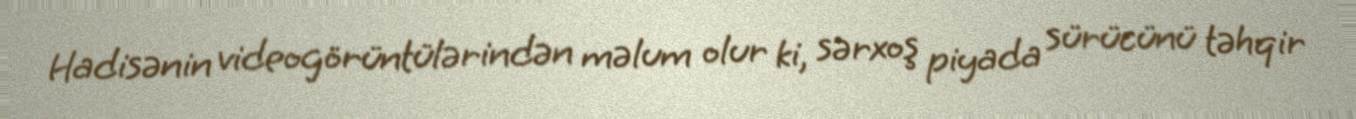
Hadisənin videogörüntülərindən məlum olur ki, sərxoş piyada sürücünü təhqir